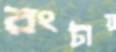
রংটায়